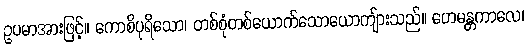
ဥပမာအားဖြင့်။ ကောစိပုရိသော၊ တစ်စုံတစ်ယောက်သောယောကျ်ားသည်။ ဟေမန္တကာလေ၊